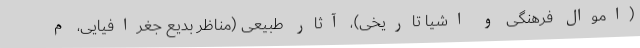
(اموال فرهنگی و اشیا تاریخی)، آثار طبیعی (مناظر بدیع جغرافیایی، م